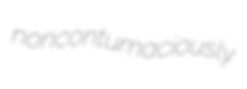
noncontumaciously